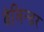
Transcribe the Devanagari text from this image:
वेलिन्डर